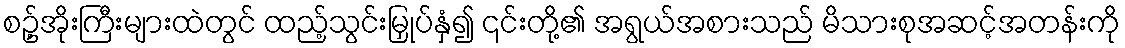
စဥ့်အိုးကြီးများထဲတွင် ထည့်သွင်းမြှုပ်နှံ၍ ၎င်းတို့၏ အရွယ်အစားသည် မိသားစုအဆင့်အတန်းကို